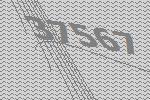
37567